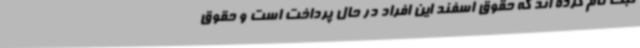
ثبت نام کرده اند که حقوق اسفند این افراد در حال پرداخت است و حقوق